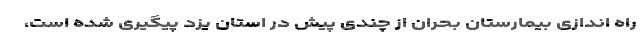
راه اندازی بیمارستان بحران از چندی پیش در استان یزد پیگیری شده است،